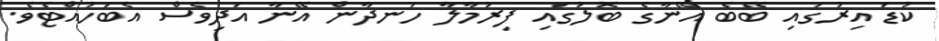
ކުޑަ އިރުގައި ބޭބެ އޭނާގެ ބޮލުގައި ފިރުމާލާ ހަނދާން އޭނާ އަދިވެސް އެބަހުއްޓެވެ.